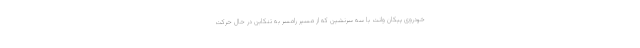
خودروی پیکان وانت با سه سرنشین که از مسیر رامسر به تنکابن در حال حرکت